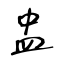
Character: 盅